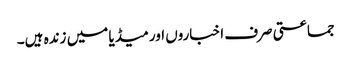
جماعتی صرف اخباروں اور میڈیا میں زندہ ہیں۔